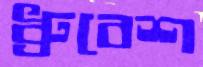
ধ্রুবেশ